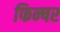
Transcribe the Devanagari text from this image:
फिन्षर